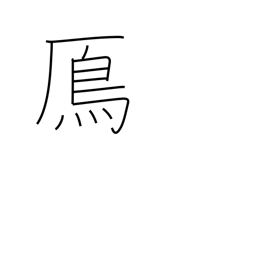
Meaning: wild goose